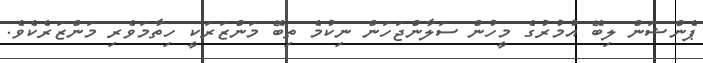
ޕެންޝަން ލިބޭ އުމުރުގެ މީހުން ސަލާންޖަހަން ނިކުމެ ތިބޭ މަންޒަރަކީ ހިތާމަވެރި މަންޒަރެކެވެ.